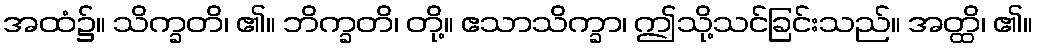
အထံ၌။ သိက္ခတိ၊ ၏။ ဘိက္ခတိ၊ တို့။ ဧသာသိက္ခာ၊ ဤသို့သင်ခြင်းသည်။ အတ္ထိ၊ ၏။